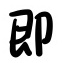
即